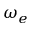
\omega _ { e }